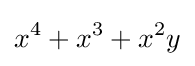
x^{4}+x^{3}+x^{2}y